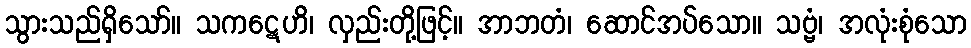
သွားသည်ရှိသော်။ သကဋေဟိ၊ လှည်းတို့ဖြင့်။ အာဘတံ၊ ဆောင်အပ်သော။ သဗ္ဗံ၊ အလုံးစုံသော